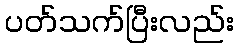
ပတ်သက်ပြီးလည်း